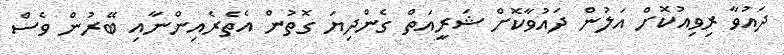
ދައުވާ ރިވިއުކޮށް އަލުން ދައުވާކޮށް ޝަރީއަތް ގެންދިޔަ ގޮތުން އެތެރެއިންނާއި ބޭރުން ވެސް